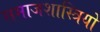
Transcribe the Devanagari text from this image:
समाजशास्त्रियो